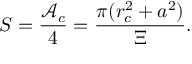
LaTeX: S = \frac { \mathcal { A } _ { c } } 4 = \frac { \pi ( r _ { c } ^ { 2 } + a ^ { 2 } ) } \Xi .